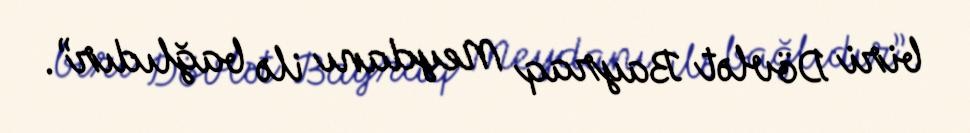
biri Dövlət Bayraq Meydanı ilə bağlıdır”.